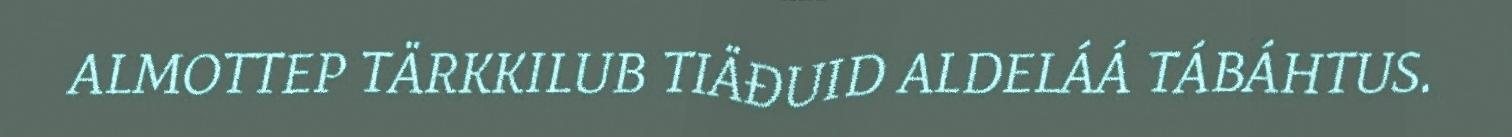
ALMOTTEP TÄRKKILUB TIÄĐUID ALDELÁÁ TÁBÁHTUS.